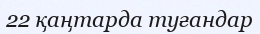
22 қаңтарда туғандар